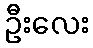
ဦးလေး